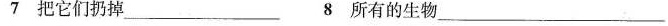
7 把它们扔掉\underline 8 所有的生物\underline